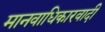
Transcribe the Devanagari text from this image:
मानवाधिकारवादी